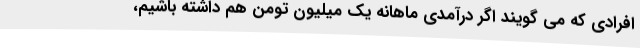
افرادی که می گویند اگر درآمدی ماهانه یک میلیون تومن هم داشته باشیم،